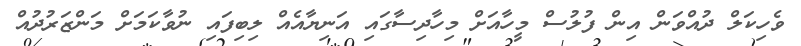
ވެހިކަލް ދުއްވަން އިން ފުލުސް މީހާއަށް މިހާދިސާގައި އަނިޔާއެއް ލިބިފައި ނުވާކަމަށް މަންޒަރުދުއް